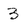
Character: 3